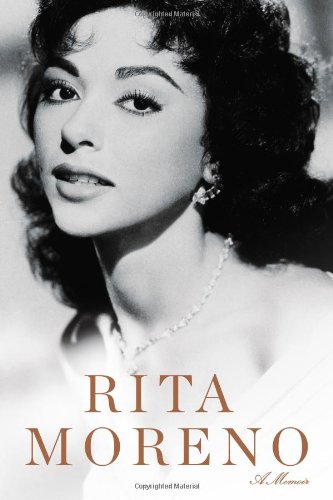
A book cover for Rita Moreno: A Memoir; Rita Moreno; Biographies & Memoirs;